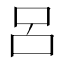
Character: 呂